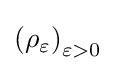
\left(\rho _{\varepsilon }\right)_{\varepsilon >0}